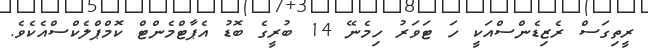
ރީތިގަސް ރެޒިޑެންސްއަކީ ހަ ޓަވަރު ހިމެނޭ 14 ބުރީގެ ބޮޑު އެޕާޓްމެންޓް ކޮމްޕްލެކްސްއެކެވެ.